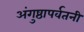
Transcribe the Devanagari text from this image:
अंगुष्ठापर्वतनी